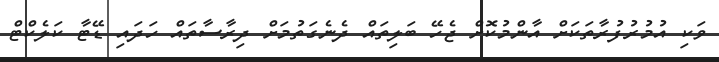
ވަކި އުމުރުފުރާތަކަށް އާންމުކޮށް ޖެހޭ ބަލިތައް ދެނެގަތުމަށް ދިރާސާތައް ހަދައި ޑޭޓާ ކަލެކްޓް